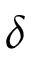
\delta